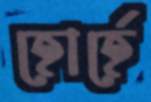
হোর্হে